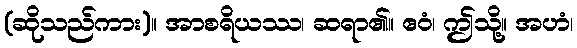
(ဆိုသည်ကား)။ အာစရိယဿ၊ ဆရာ၏။ ဧဝံ၊ ဤသို့။ အဟံ၊